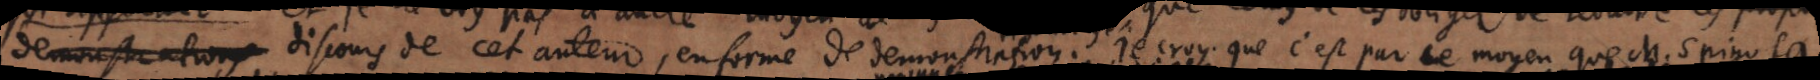
discours de cet auteur, en forme de demonstrations. Je croy que c’est par ce moyen que M. Spinosa